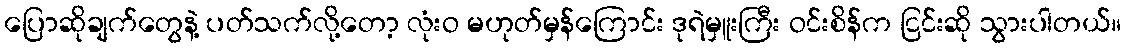
ပြောဆိုချက်တွေနဲ့ ပတ်သက်လို့တော့ လုံးဝ မဟုတ်မှန်ကြောင်း ဒုရဲမှူးကြီး ဝင်းစိန်က ငြင်းဆို သွားပါတယ်။